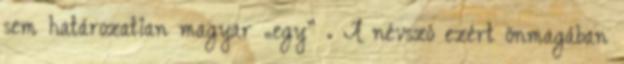
sem határozatlan magyar „egy” . A névszó ezért önmagában